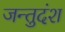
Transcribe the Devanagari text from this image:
जन्तुदंश